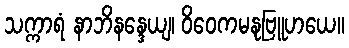
သက္ကာရံ နာဘိနန္ဒေယျ၊ ဝိဝေကမနုဗြူဟယေ။